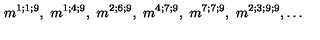
m ^ { 1 ; 1 ; 9 } , \ m ^ { 1 ; 4 ; 9 } , \ m ^ { 2 ; 6 ; 9 } , \ m ^ { 4 ; 7 ; 9 } , \ m ^ { 7 ; 7 ; 9 } , \ m ^ { 2 ; 3 ; 9 ; 9 } , \dots